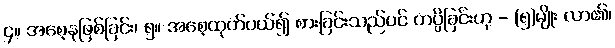
၄။ အစေ့နုဖြစ်ခြင်း၊ ၅။ အစေ့ထုတ်ပယ်၍ စားခြင်းသည်ပင် ကပ္ပိခြင်းဟု - (၅)မျိုး လာ၏၊